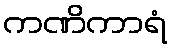
ကဏိကာရံ